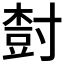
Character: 𡬾